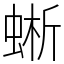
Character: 蜥